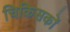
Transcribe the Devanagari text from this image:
चिकिसकों